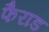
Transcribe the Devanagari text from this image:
फैराड